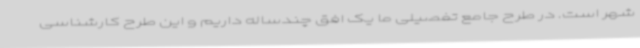
شهر است. در طرح جامع تفصیلی ما یک افق چندساله داریم و این طرح کارشناسی